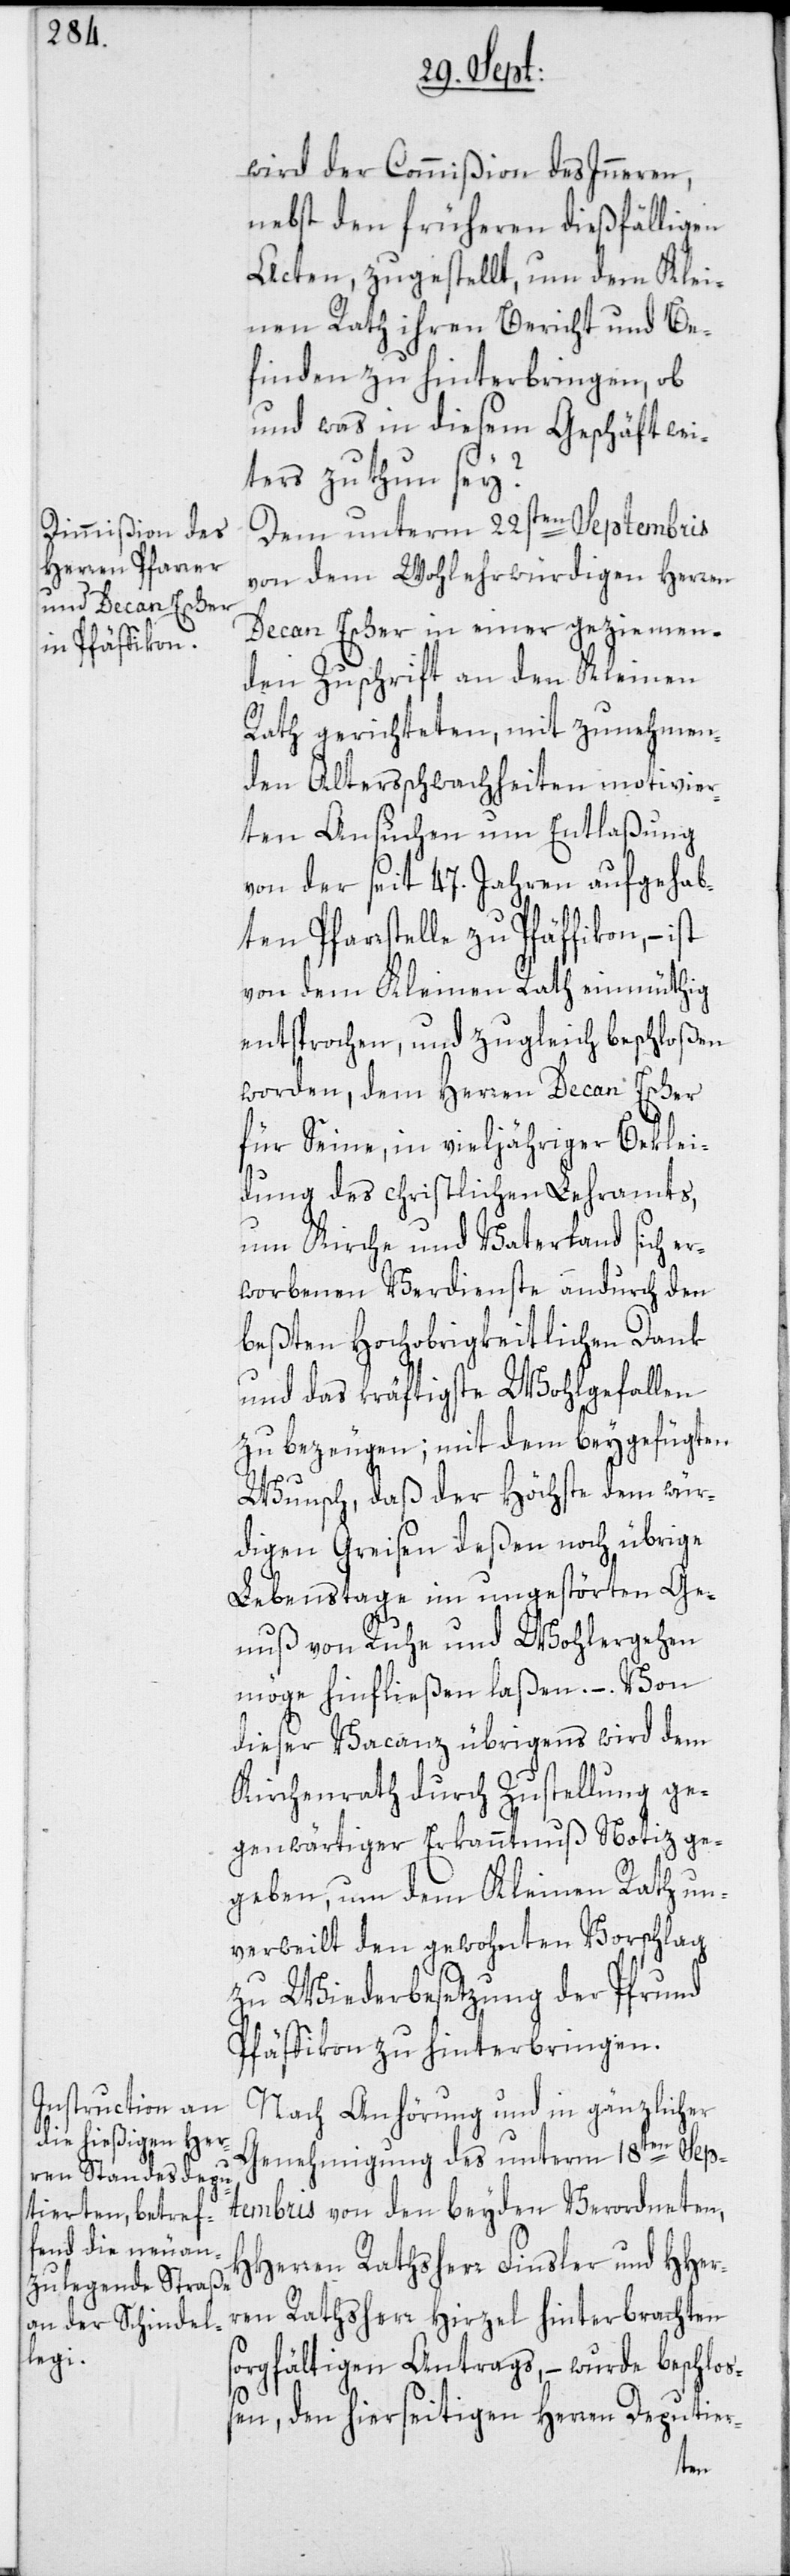
wird der Commißion des Inneren,
nebst den früheren dießfälligen
Acten, zugestellt, um dem Klei¬
nen Rath ihren Bericht und Be¬
finden zu hinterbringen, ob
und was in diesem Geschäft wei¬
ters zu thun sey?
Dem unterm 22sten Septembris
von dem Wohlehrwürdigen Herren
Decan Escher in einer geziemen¬
den Zuschrift an den Kleinen
st
Rath gerichteten, mit zunehmen¬
den Altersschwachheiten motivier¬
ten Ansuchen um Entlaßung
von der seit 47. Jahren aufgehab¬
ten Pfarrstelle zu Pfäffikon, – i¬
von dem Kleinen Rath einmüthig
entsprochen, und zugleich beschloßen
worden, dem Herren Decan Escher
für Seine, in vieljähriger Beklei¬
dung des christlichen Lehramts,
um Kirche und Vaterland sich er¬
worbenen Verdienste andurch den
beßten Hochobrigkeitlichen Dank
und das kräftigste Wohlgefallen
zu bezeugen; mit dem beygefügten
s¬
Wunsch, daß der Höchste dem wür¬
digen Greisen deßen noch übrige
Lebenstage im ungestörten Ge¬
nuß von Ruhe und Wohlergehen
möge hinfließen laßen. – Von
dieser Vacanz übrigens wird dem
Kirchenrath durch Zustellung ge¬
genwärtiger Erkanntnuß Notiz ge¬
geben, um dem Kleinen Rath un¬
verweilt den gewohnten Vorschlag
zu Wiederbesetzung der Pfrund
Pfäffikon zu hinterbringen.
Nach Anhörung und in gänzlicher
Genehmigung des unterm 18ten Sep¬
tembris von den beyden Verordneten,
HHerren Rathsherr Finsler und HHer¬
ren Rathsherr Hirzel hinterbrachten
orgfältigen Antrags, – wurde beschloß¬
en, den hierseitigen Herren Deputier-